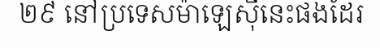
២៩ នៅប្រទេសម៉ាឡេស៊ីនេះផងដែរ